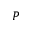
P